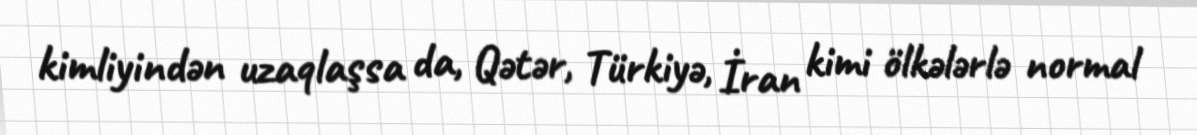
kimliyindən uzaqlaşsa da, Qətər, Türkiyə, İran kimi ölkələrlə normal